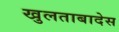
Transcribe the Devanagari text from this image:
खुलताबादेस